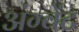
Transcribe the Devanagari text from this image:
अंग्वेंट